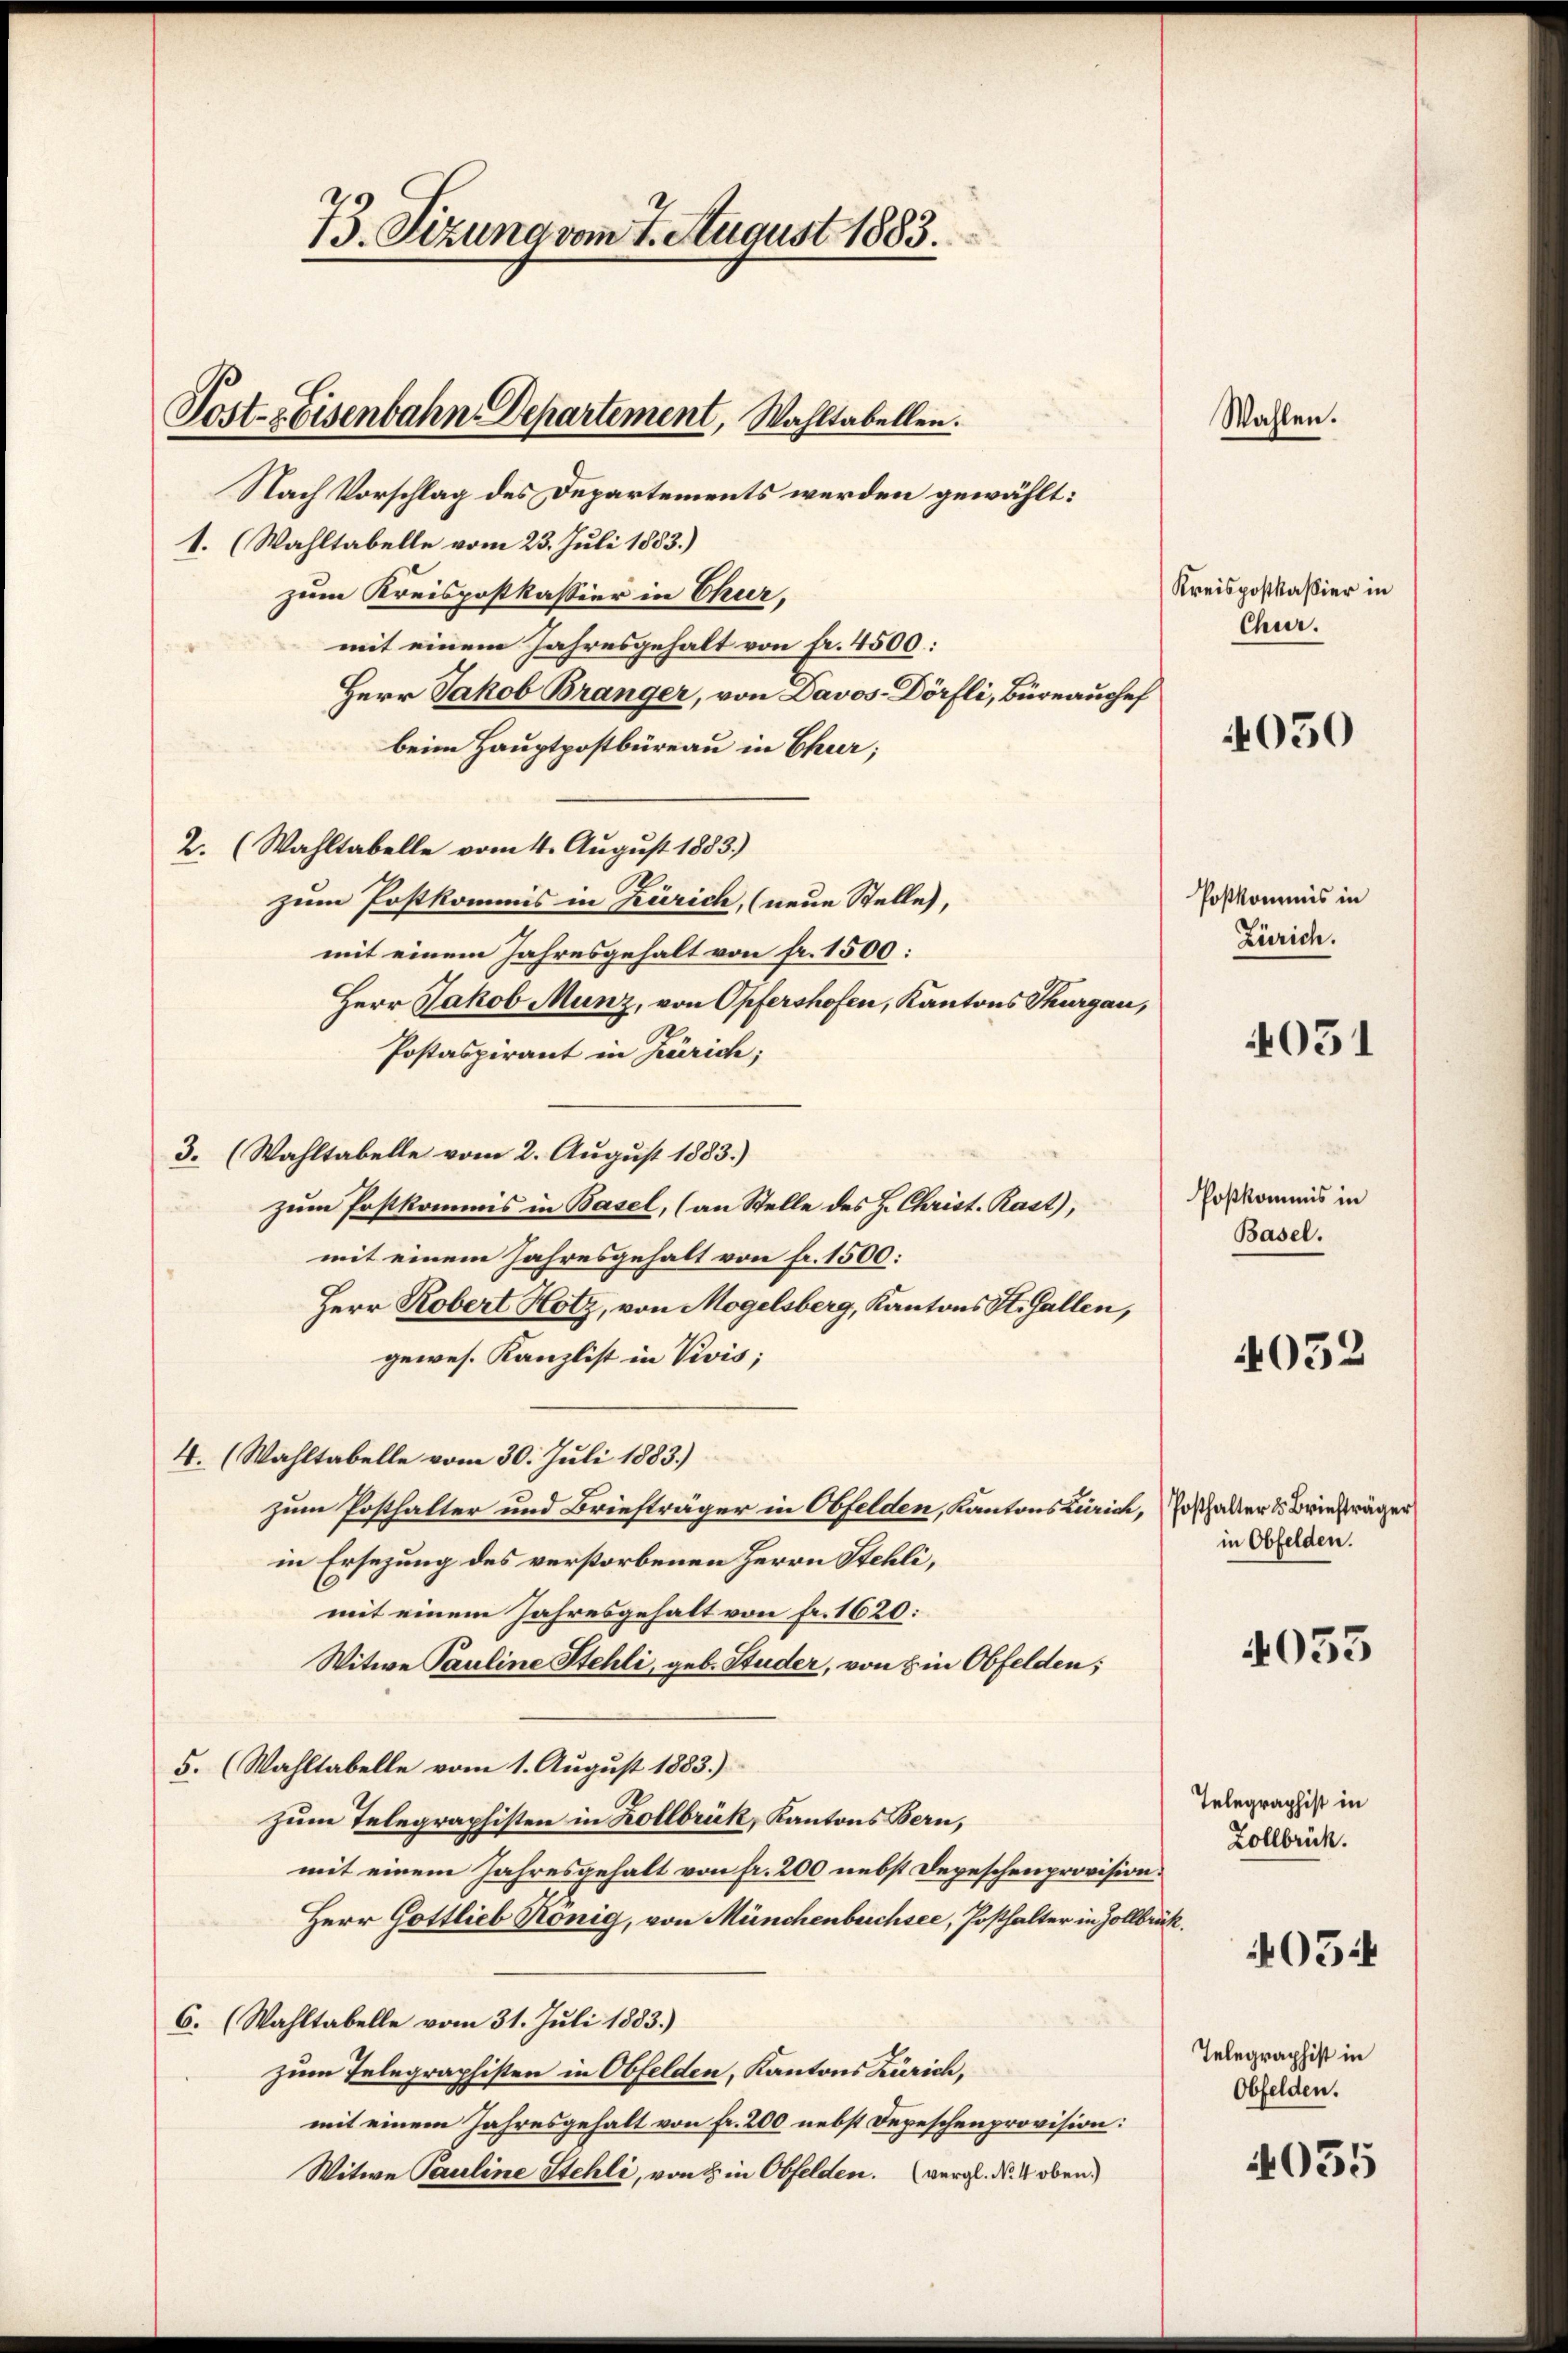
Post- & Eisenbahn-Departement, Wahltabellen.

73. Sizung vom 7. August 1883.

Nach Vorschlag des Departements werden gewählt:
1. (Wahltabelle vom 23. Juli 1883.)
zum Kreispostkassier in Chur,
mit einem Jahresgehalt von fr. 4500:
Herr Jakob Branger, von Davos- Dörfli, Büreaushef
beim Hauptpostbüreau in Chur;
2. (Wahltabelle vom 4. August 1883.)
zum Postkommis in Zürich, (neue Stelle),
mit einem Jahresgehalt von fr. 1500:
Herr Jakob Munz, von Opfershofen, Kantons Thurgau,
Postaspirant in Zürich;
3. (Wahltabelle vom 2. August 1883.)
zum Postkommis in Basel, (an Stelle des H. Christ. Rast),
mit einem Jahresgehalt von fr. 1500:
Herr Robert Hotz, von Mogelsberg, Kantons St. Gallen,
gewes. Kanzlist in Divis;
4. (Wahltabelle vom 30. Juli 1883.)
zum Posthalter und Briefträger in Obfelden, Kantons Zürich, Ersthalter & Briefträger
in Ersezung des verstorbenen Herrn Stehli,
C
mit einem Jahresgehalt von fr. 1620:
Witwe Pauline Stehli, geb. Studer, von Ein Obfelden;
5. (Wahltabelle vom 1. August 1883.)
zum Telegraphisten in Kollbrük, Kantons Bern,
mit einem Jahresgehalt von fr. 200 nebst Depeschenprovision.
Herr Gottlieb Honig, von Münchenbuchsee, Posthalter in Zollbrück.
6. (Wahltabelle vom 31. Juli 1883.)
zum Telegraphisten in Obfelden, Kantons Zürich,
mit einem Jahresgehalt von fr. 200 nebst Depeschenprovision:
Witwe Pauline Stehli, von 8 in Obfelden. (vergl. N. 4 oben.

Wahlen.

Kreispostkassier in
Chur.

4050

Postkommis in
Zürich.

4051

Poskommis in
Basel.

4032

in Obfelden.

4035

Telegraphist in
Zollbrück.

405.

Telegraphist in
Obfelden.

4035